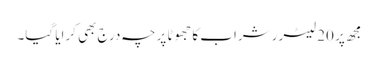
مجھ پر 20 لیٹرر شراب کا جھوٹا پرچہ درج بھی کرایا گیا۔